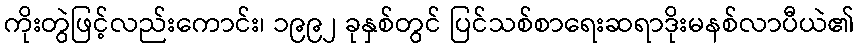
ကိုးတွဲဖြင့်လည်းကောင်း၊ ၁၉၉၂ ခုနှစ်တွင် ပြင်သစ်စာရေးဆရာဒိုးမနစ်လာပီယဲ၏